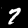
Label: 7